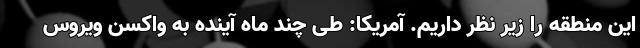
این منطقه را زیر نظر داریم. آمریکا: طی چند ماه آینده به واکسن ویروس